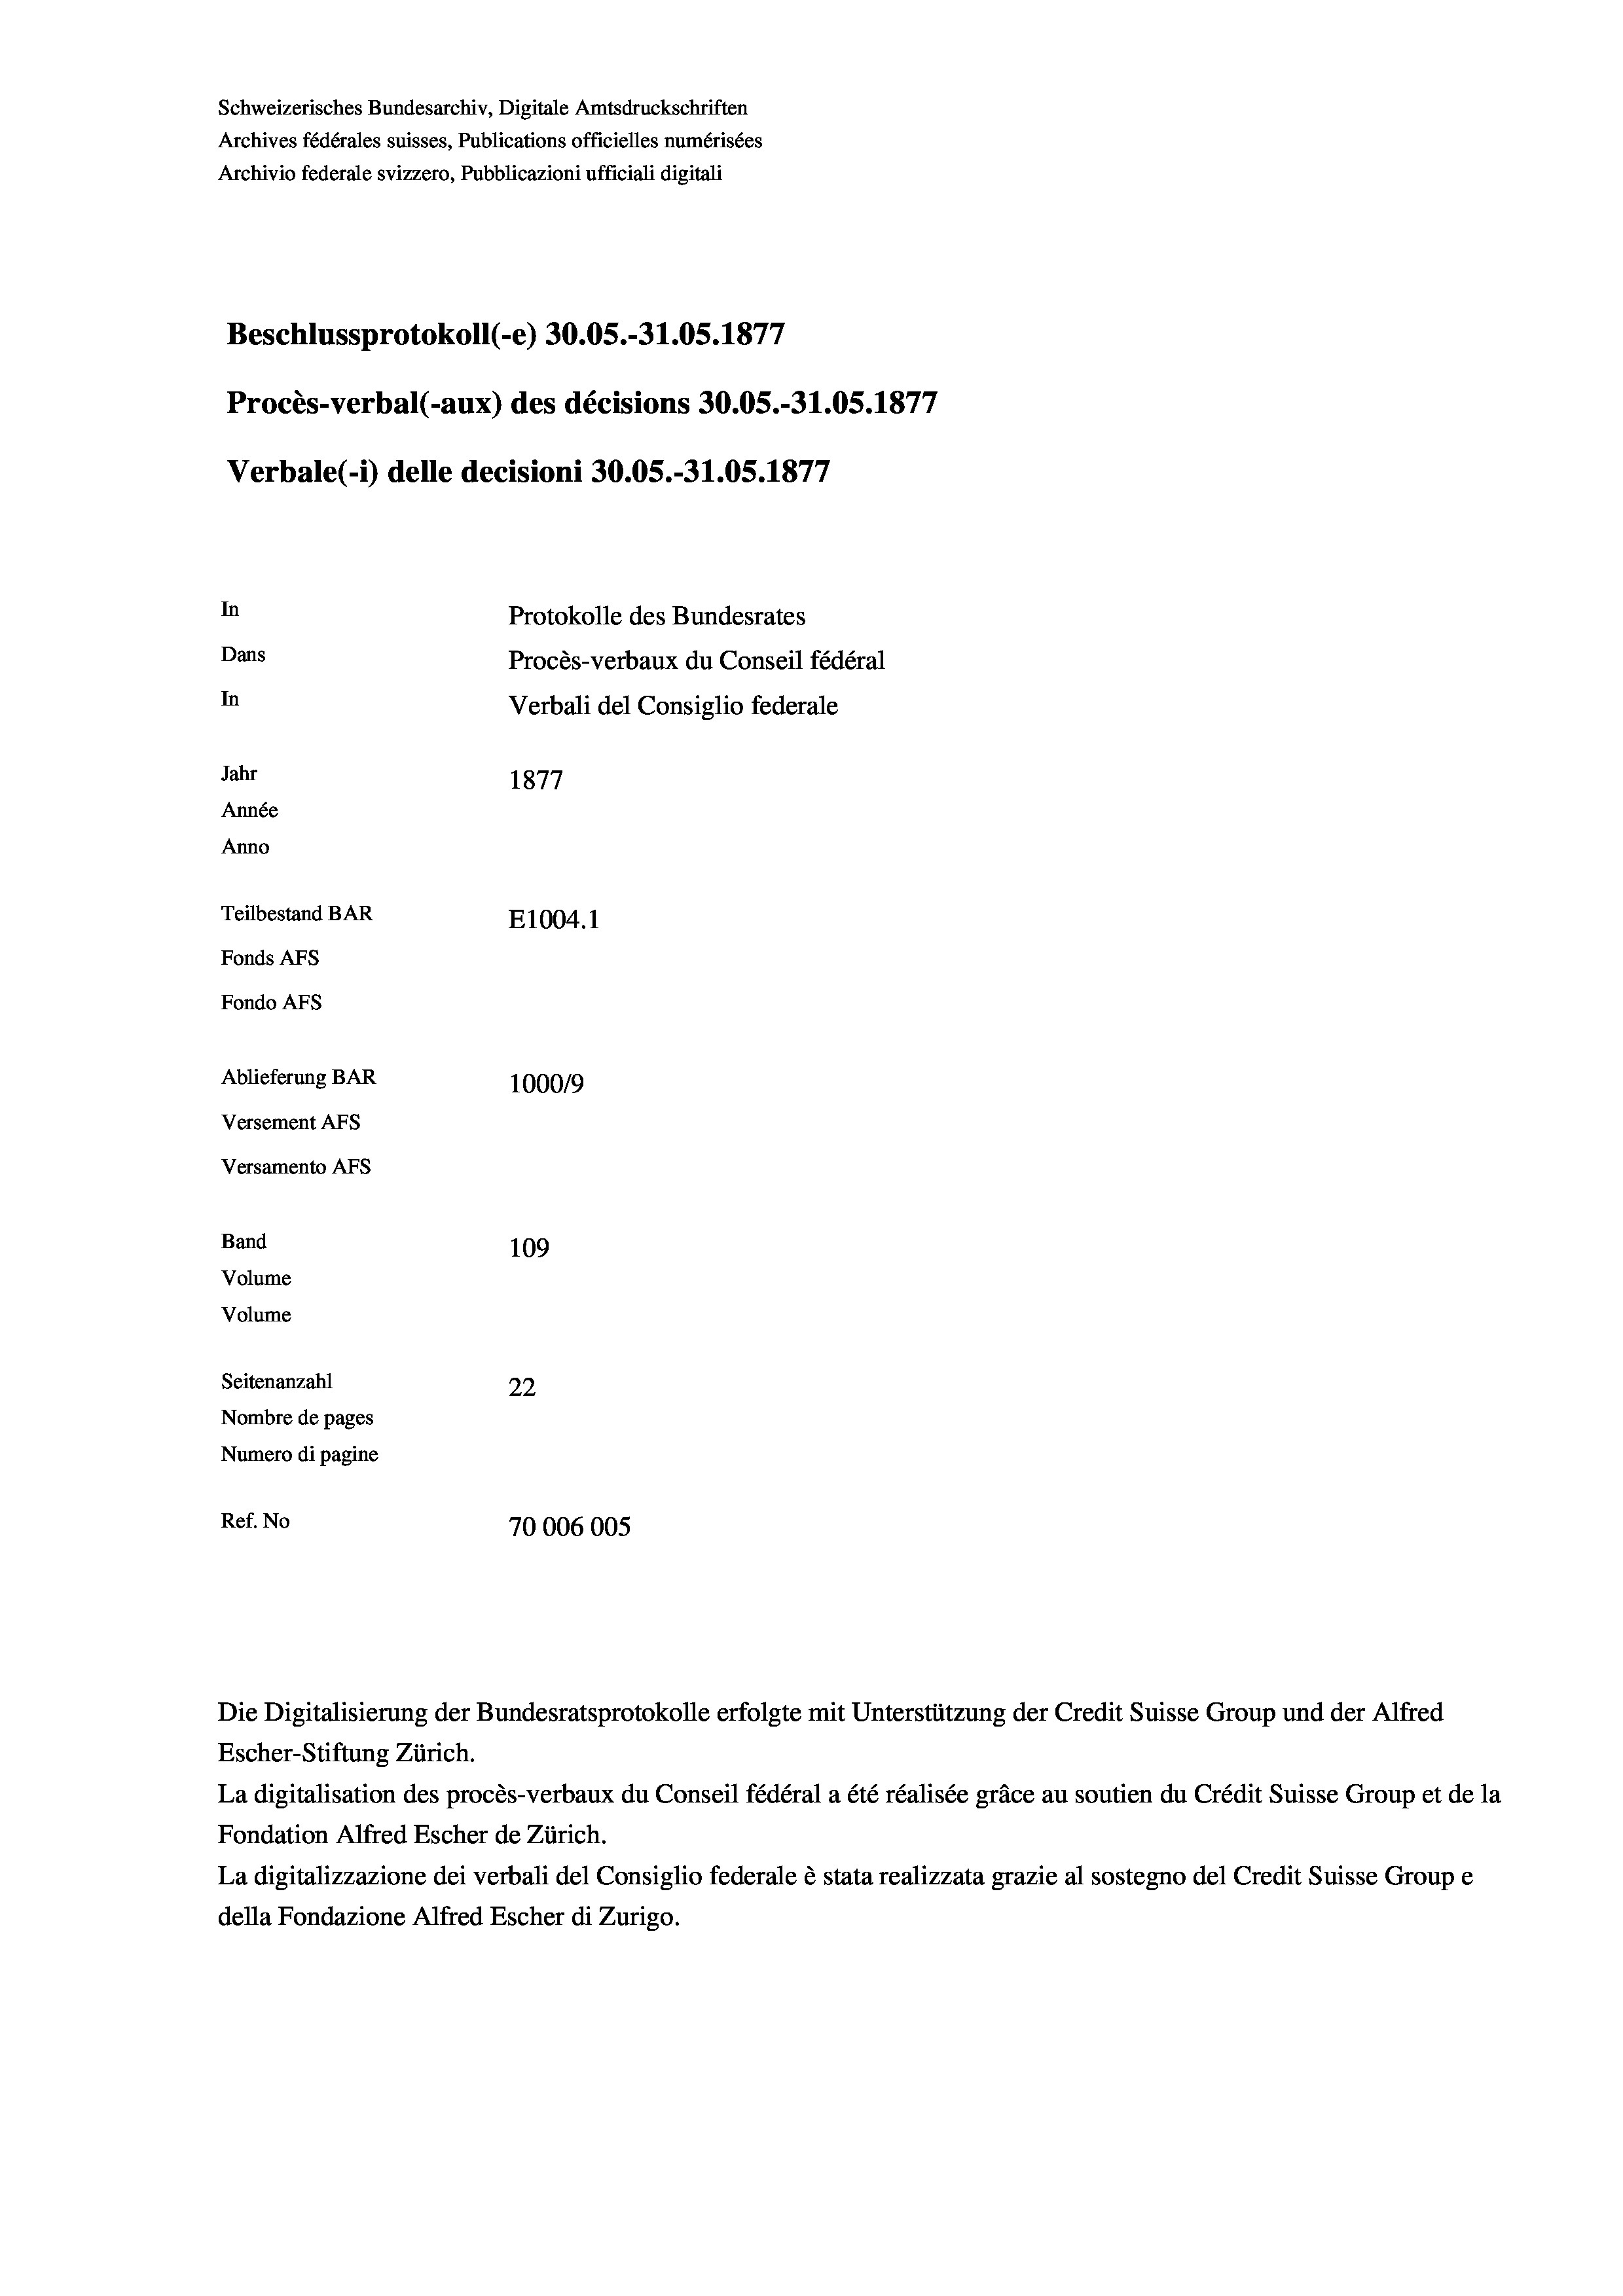
Schweizerisches Bundesarchiv, Digitale Amtsdruckschriften
Archives fédérales suisses, Publications officielles numérisées
Archivio federale svizzero, Pubblicazioni ufficiali digitali
Beschlussprotokoll (-e) 30.05.-31.05. 1877
Procès-verbal (-aux) des décisions 30.05.-31.05. 1877
Verbale(*) delle decisioni 30.05.-31.05. 1877
In
Protokolle des Bundesrates
Dans
Procès-verbaux du Conseil fédéral
In
Verbali del Consiglio federale
Jahr
1877
Année
Anno
Teilbestand BAR
E1004. 1
Fonds AFs
Fondo AFS
Ablieferung BAR
100019
Versement AFs
Versamento AFs
Band
109
Volume
Volume
Seitenanzahl
22
Nombre de pages
Numero di pagine
Ref. No
70006005

Escher-Stiftung Zürich.
La digitalisation des procès-verbaux du Conseil fédéral a été réalisée gräce au soutien du Crédit Suisse Group et de la
Fondation Alfred Escher de Zürich.
La digitalizzazione dei verbali del Consiglio federale è stata realizzata grazie al sostegno del Credit Suisse Groupe
della Fondazione Alfred Escher di Zurigo.

Die Digitalisierung der Bundesratsprotokolle erfolgte mit Unterstützung der Credit Suisse Group und der Alfred